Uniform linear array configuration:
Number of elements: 32
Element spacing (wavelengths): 1
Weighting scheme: uniform
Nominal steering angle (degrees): -60
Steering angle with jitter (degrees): -60.991
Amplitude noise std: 0.05
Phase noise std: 0.05

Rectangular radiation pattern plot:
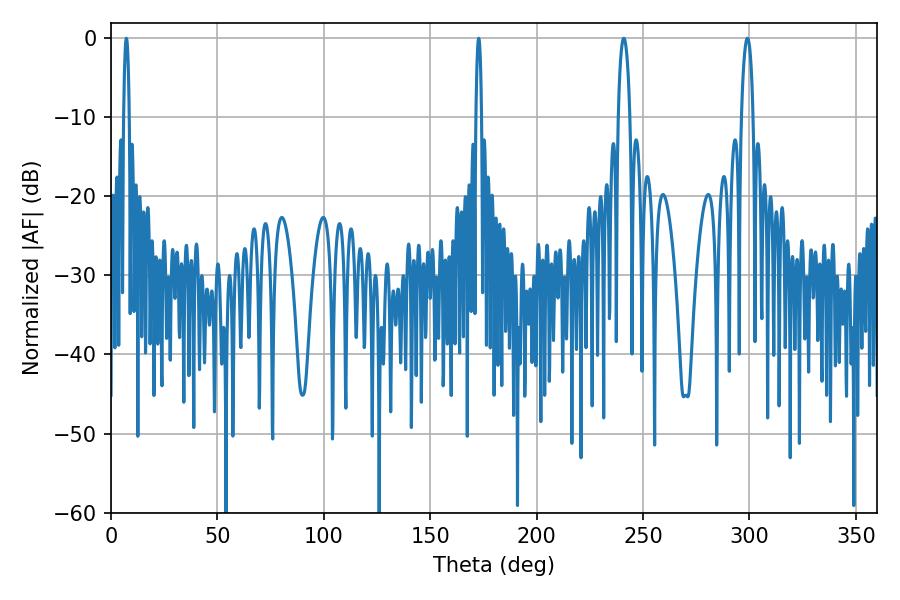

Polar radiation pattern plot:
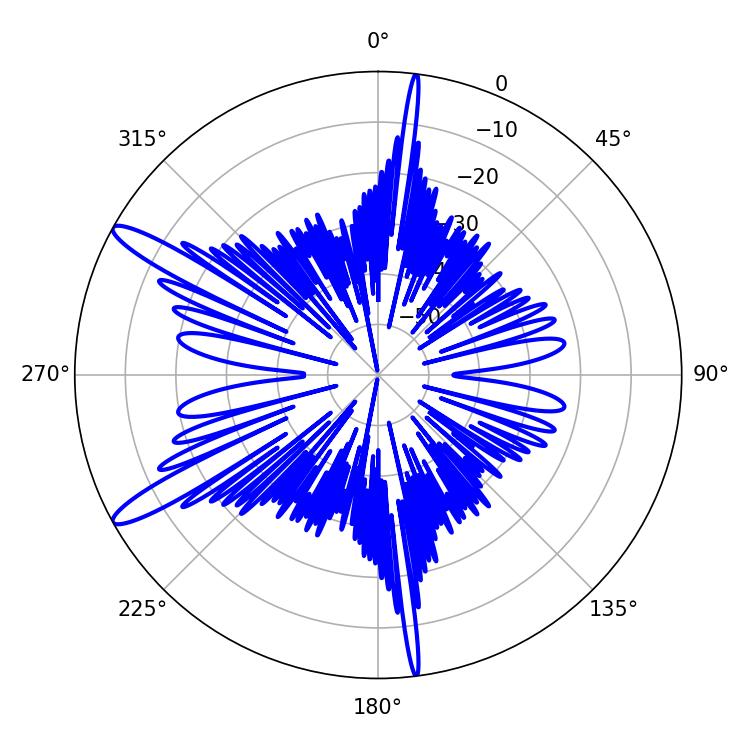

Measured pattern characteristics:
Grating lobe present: TRUE
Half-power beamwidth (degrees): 1.44
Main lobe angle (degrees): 7.2